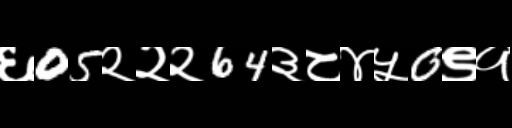
Text: ६05२२२64३८४५0९१